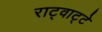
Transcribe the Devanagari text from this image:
राट्वाट्टे